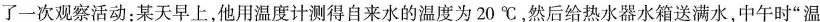
了一次观察活动：某天早上，他用温度计测得自来水的温度为20℃，然后给热水器水箱送满水，中午时”温